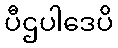
ပီဌပါဒေပိ